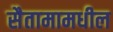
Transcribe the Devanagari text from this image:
सैतामामधील